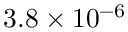
3 . 8 \times 1 0 ^ { - 6 }